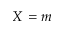
X = m